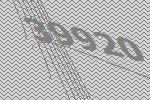
39920